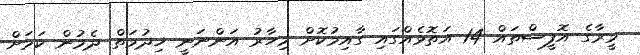
މީރާގެ އޮފީސްތައް 14 އަތޮޅެއްގައި ގާއިމުކޮށް މިހާރު އަންނަނީ ޚިދުމަތް ދެމުން ކަމަށް